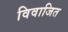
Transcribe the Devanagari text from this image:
विवाजित